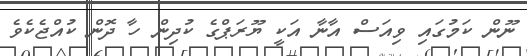
ނޫން ކަމުގައި ވިއަސް އާނާ އަކީ ޔޫރަޕްގެ ކުދިން ހާ ދޮން ކުއްޖެކެވެ